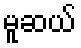
မူဆယ်